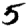
Digit: 5